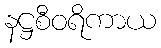
နဋ္ဌစီဝရိကာယ